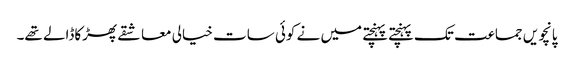
پانچویں جماعت تک پہنچتے پہنچتے میں نے کوئی سات خیالی معاشقے پھڑکاڈالے تھے۔